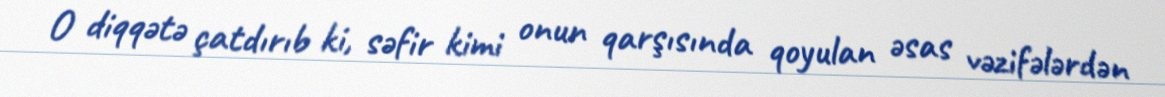
O diqqətə çatdırıb ki, səfir kimi onun qarşısında qoyulan əsas vəzifələrdən